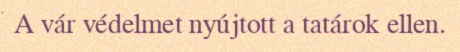
A vár védelmet nyújtott a tatárok ellen.